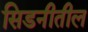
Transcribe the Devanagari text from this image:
सिडनीतील